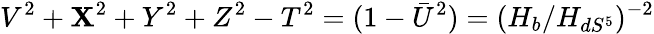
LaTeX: V^{2}+\mathbf{X}^{2}+Y^{2}+Z^{2}-T^{2}=(1-\bar{{U}}^{2})=(H_{b}/H_{dS^{5}})^{-2}